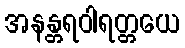
အနန္တရဝါရတ္တယေ